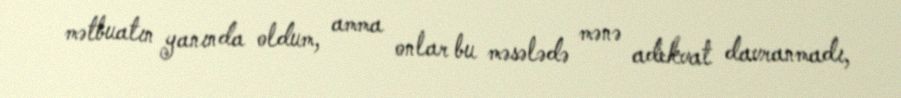
mətbuatın yanında oldum, amma onlar bu məsələdə mənə adekvat davranmadı,